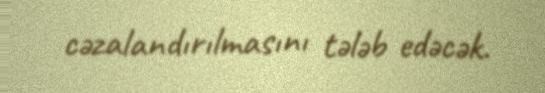
cəzalandırılmasını tələb edəcək.